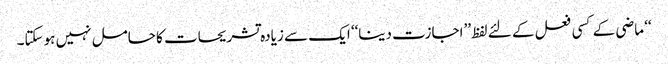
‘‘ ماضی کے کسی فعل کے لئے لفظ ’’اجازت دینا‘‘ ایک سے زیادہ تشریحات کا حامل نہیں ہوسکتا۔